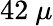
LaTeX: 42\ \mu